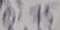
Text: 0.75